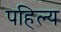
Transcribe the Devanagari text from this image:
पहिल्य